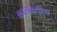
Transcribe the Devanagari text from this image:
कालकेयांना